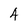
Character: 4